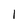
Character: l